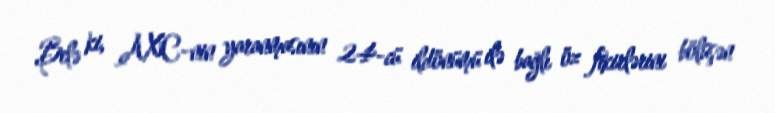
Belə ki, AXC-nin yaranmasının 24-cü ildönümü ilə bağlı öz fikirlərini bölüşən